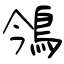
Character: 鳹